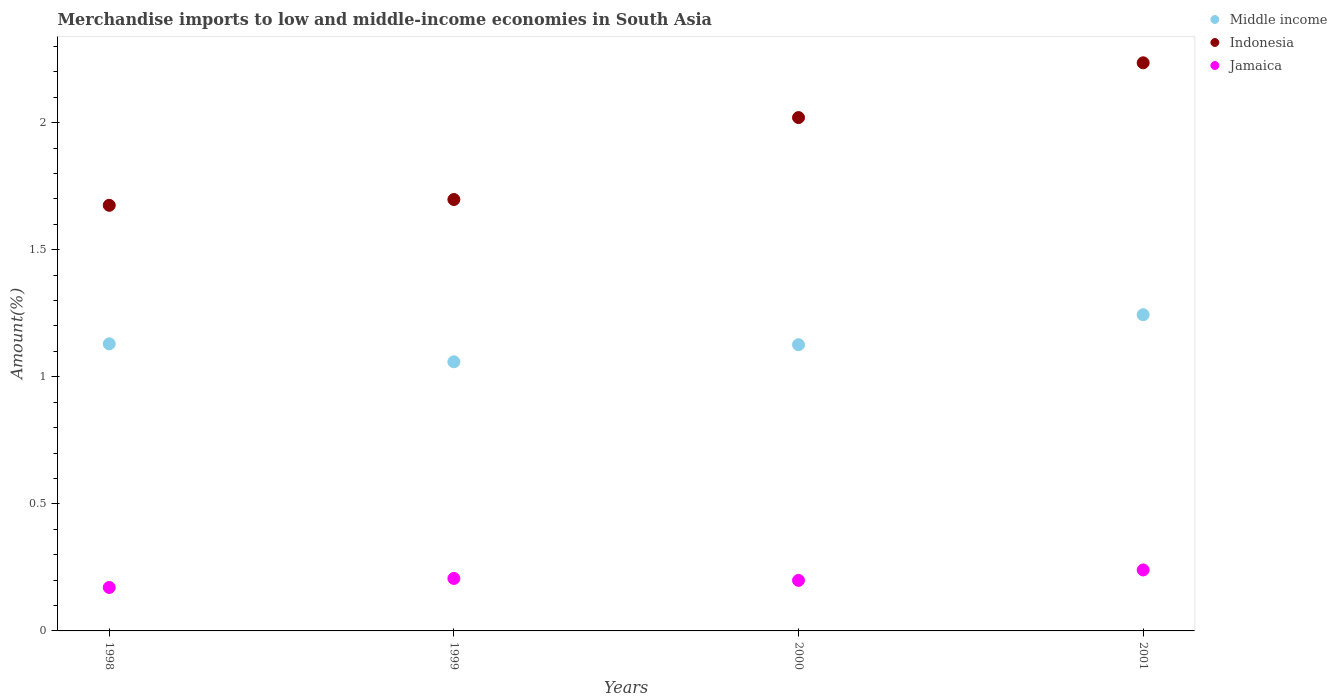
| Years | Middle income | Indonesia | Jamaica |
 | --- | --- | --- | --- |
 | 1998 | 1.13 | 1.67 | 0.171 |
 | 1999 | 1.06 | 1.7 | 0.206 |
 | 2000 | 1.13 | 2.02 | 0.199 |
 | 2001 | 1.24 | 2.24 | 0.24 |